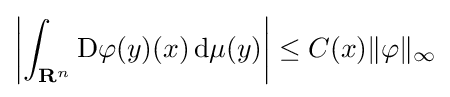
\left|\int _{\mathbf {R} ^{n}}\mathrm {D} \varphi (y)(x)\,\mathrm {d} \mu (y)\right|\leq C(x)\|\varphi \|_{\infty }